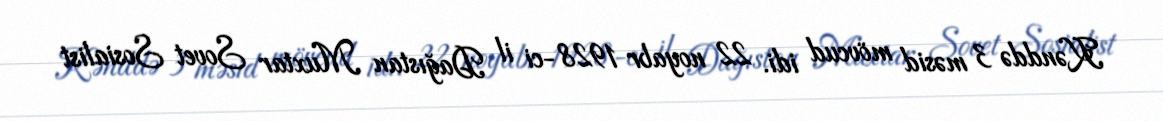
Kənddə 3 məsid mövcud idi. 22 noyabr 1928-ci il Dağıstan Muxtar Sovet Sosialist